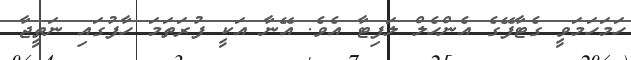
ހަމަހަމަވީ ގެޓާފޭގެ އެންހެލް ލަފިޓާ އެވެ. އޭނާ އަކީ ފުރަތަމަ ހާފުގައި ނަތީޖާ